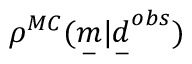
\rho ^ { M C } ( \underset { - } { m } | \underset { - } { d } ^ { o b s } )